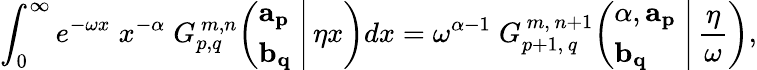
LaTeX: \int_{0}^{\infty}e^{-\omega x}\; x^{-\alpha}\; G_{p,q}^{\, m,n}\! \left(\left.{\begin{array}{l}{\mathbf{a_{p}}}\\ {\mathbf{b_{q}}}\end{array}}\; \right|\, \eta x\right)dx=\omega^{\alpha-1}\; G_{p+1,\, q}^{\, m,\, n+1}\! \left(\left.{\begin{array}{l}{\alpha,\mathbf{a_{p}}}\\ {\mathbf{b_{q}}}\end{array}}\; \right|\, {\frac{\eta}{\omega}}\right),